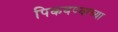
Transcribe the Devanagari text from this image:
पिकवण्याच्या